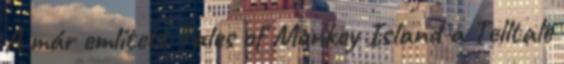
A már említett Tales of Monkey Island a Telltale